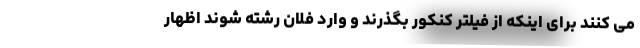
می کنند برای اینکه از فیلتر کنکور بگذرند و وارد فلان رشته شوند اظهار